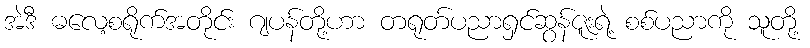
အဲဒီ ဓလေ့စရိုက်အတိုင်း ဂျပန်တို့ဟာ တရုတ်ပညာရှင်ဆွန်ဇူးရဲ့ စစ်ပညာကို သူတို့